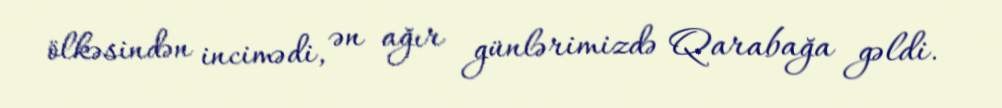
ölkəsindən incimədi, ən ağır günlərimizdə Qarabağa gəldi.